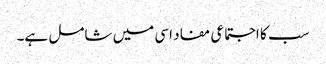
سب کا اجتماعی مفاد اسی میں شامل ہے۔